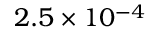
2 . 5 \times 1 0 ^ { - 4 }